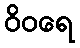
ဝိဝရေ